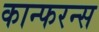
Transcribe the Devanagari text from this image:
कान्फरन्स